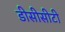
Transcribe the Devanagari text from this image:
डीसीसीटी